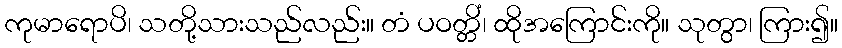
ကုမာရောပိ၊ သတို့သားသည်လည်း။ တံ ပဝတ္တိံ၊ ထိုအကြောင်းကို။ သုတွာ၊ ကြား၍။